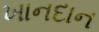
ખાનદાન